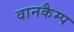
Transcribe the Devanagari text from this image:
वानकैम्प